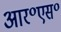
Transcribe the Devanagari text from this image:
आर॰एस॰